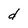
Character: d